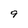
Character: 9